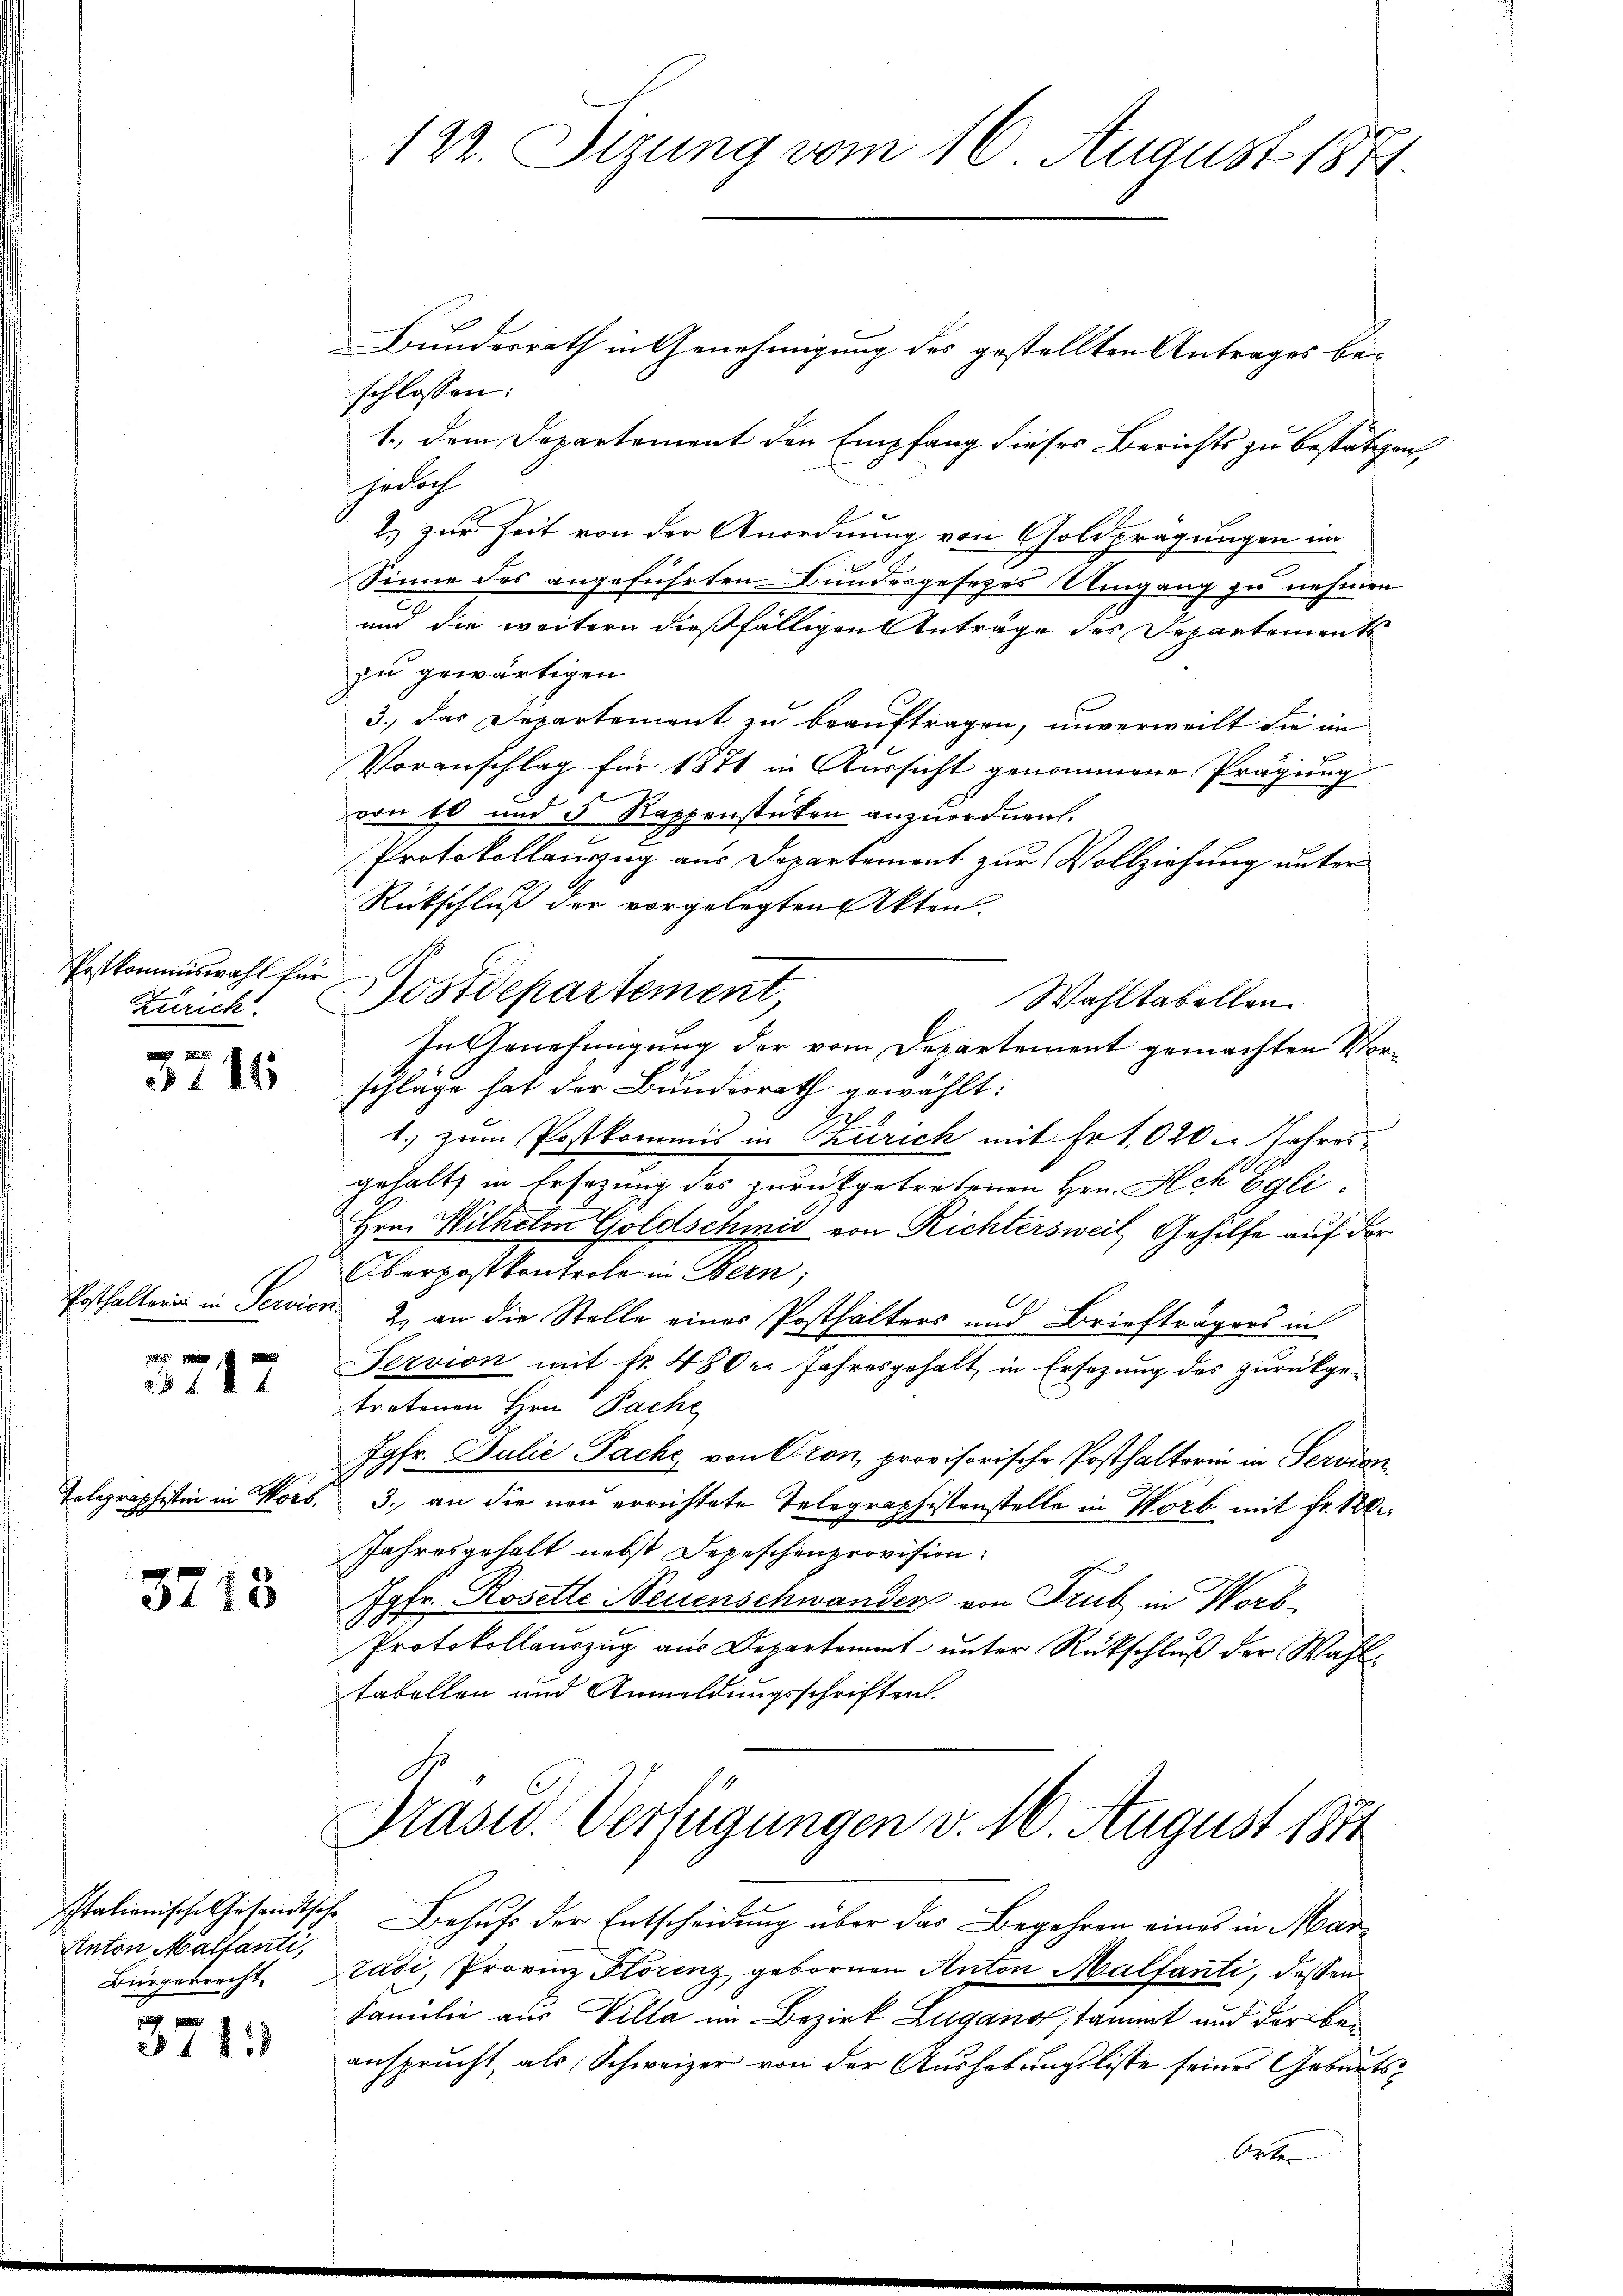
Postkommiswahl für
Zürich.

1845

Posthalterin in Servisi

187

Gelegrapheten in Wort.

3713

Anton Maltanti,
Bürgerrecht

3713

122. Sizung vom 16. August 1871.

Bundesrath in Genehmigung des gestellten Antrages beschlossen:
1., dem Departement den Empfang dieses Berichts zu bestätigen,
edach
2. zur Zeit von der Anordnung von Goldpragungen im
Sinne des angeführten Bundesgesetzes Umgang zu nehmen
und die weitern dießfälligen Anträge des Departements
zu gewärtigen
3., das Departement zu beauftragen, unverweilt die in
Voranschlag für 1871 in Aussicht genommene Prägung
von 10 und 5 Rappenstücken anzuordnen.
Protokollauszug aus Departement zur Vollziehung unter
Rückschluß der vorgelegten Akten.

ostdepartement,
Wahltabellen
In Genehmigung der vom Departement gemachten Vorschläge hat der Bundesrath gewählt:
1. zum Postkommis in Turich mit Fr. 1020. Jahres
gehalt in Ersezung des zurückgetretenen Hrn. Ach Egli
Hrn. Wilhelm Goldschmid von Richtersweil, Gehilfe auf der
Oberpostkontrole in Bern;
2.) an die Stelle eines Posthalters und Briefträgers in
Servion mit fr. 480er Jahresgehalt, in Ersezung des zurückge-
tretenen Hrn. Pache
Jgfr. Julie Pache, von Cron, provisorische Posthalterin in Servien
3. an die neu errichtete Telegraphistenstelle in Worb mit fr. 120
Jahresgehalt nebst Depeschenprovision
Jgfr. Rosette Neuenschwander von Trub in Worb¬
.
Protokollauszug aus Departammt unter Rückschluß der Wahltabellen und Anmeldungsschriften.
Präsid. Verfügungen v. M. August 1871
stationische Gesandtsche Behufs der Entscheidung über das Begehren eines in Mar¬
Zati, Provinz Florenz gebornen Anton Malfanti, dessen
Familie aus Villa im Bezirk Lugano stammt und der beansprŭcht, als Schweizer von der Aŭshebŭngsliste seines Geburts-
Orten